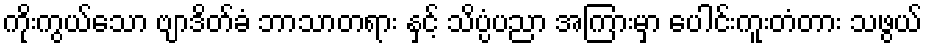
ကိုးကွယ်သော ဗျာဒိတ်ခံ ဘာသာတရား နှင့် သိပ္ပံပညာ အကြားမှာ ပေါင်းကူးတံတား သဖွယ်